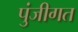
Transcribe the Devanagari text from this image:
पुंजीगत